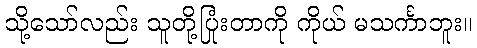
သို့သော်လည်း သူတို့ပြုံးတာကို ကိုယ် မသင်္ကာဘူး။